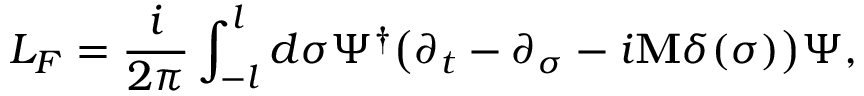
L _ { F } = \frac { i } { 2 \pi } \int _ { - l } ^ { l } d \sigma \Psi ^ { \dagger } \bigl ( \partial _ { t } - \partial _ { \sigma } - i { \bf M } \delta ( \sigma ) \bigr ) \Psi ,